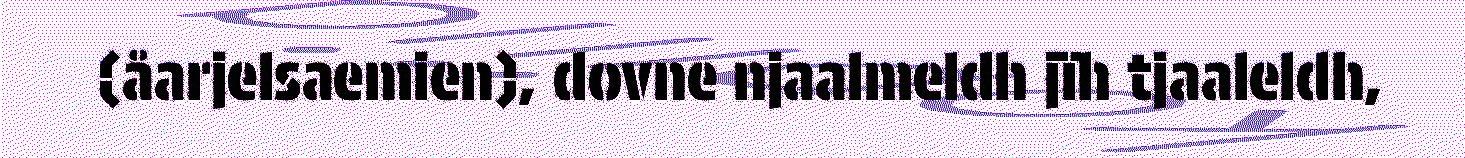
(åarjelsaemien), dovne njaalmeldh jïh tjaaleldh,